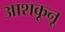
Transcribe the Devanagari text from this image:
आशकूनू